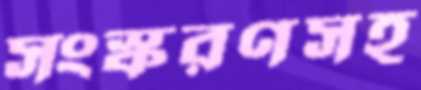
সংস্করণসহ